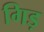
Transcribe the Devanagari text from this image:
गिड़